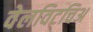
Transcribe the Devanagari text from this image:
वेलविटचिअ